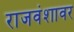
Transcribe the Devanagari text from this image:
राजवंशावर